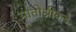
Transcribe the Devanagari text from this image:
मातोश्रीकडे